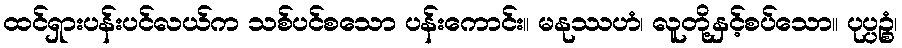
ထင်ရှားပန်းပင်လယ်က သစ်ပင်စသော ပန်းကောင်း။ မနုဿဟံ၊ လူတို့နှင့်စပ်သော။ ပုပ္ပဉ္စံ၊